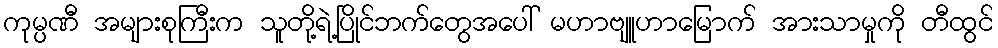
ကုမ္ပဏီ အများစုကြီးက သူတို့ရဲ့ပြိုင်ဘက်တွေအပေါ် မဟာဗျူဟာမြောက် အားသာမှုကို တီထွင်